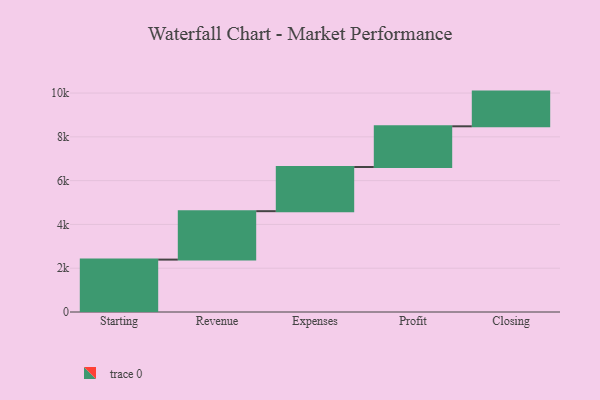
{"axis": {"x": "Step", "y": "Value"}, "legend": [""], "data": [{"x": "Starting", "y": 2393.0, "type": ""}, {"x": "Revenue", "y": 2212.0, "type": ""}, {"x": "Expenses", "y": 2017.0, "type": ""}, {"x": "Profit", "y": 1859.0, "type": ""}, {"x": "Closing", "y": 1585.0, "type": ""}]}